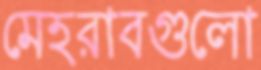
মেহরাবগুলো